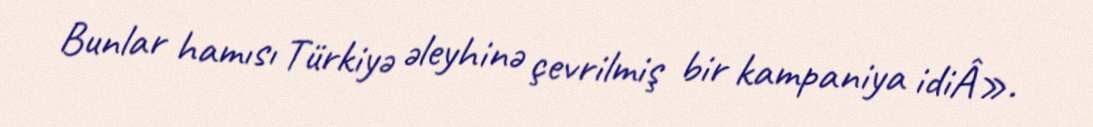
Bunlar hamısı Türkiyə əleyhinə çevrilmiş bir kampaniya idiÂ».